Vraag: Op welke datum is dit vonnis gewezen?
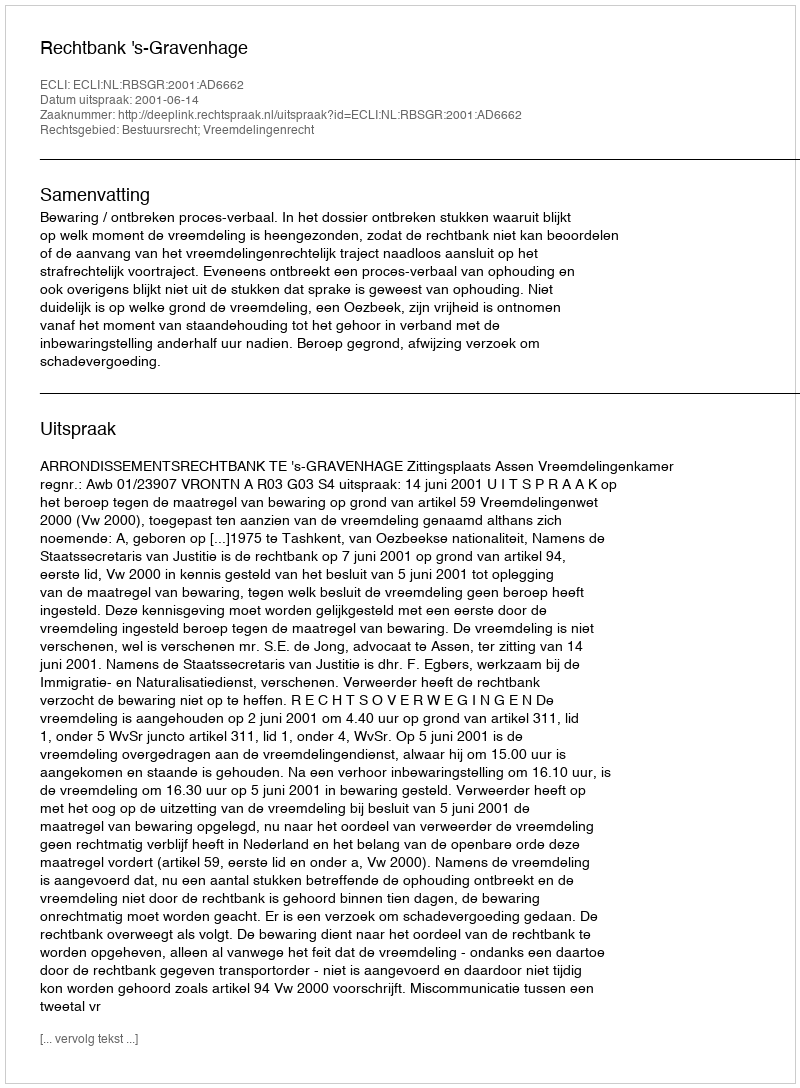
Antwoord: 2001-06-14